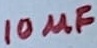
Text: 10µF